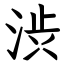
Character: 渋